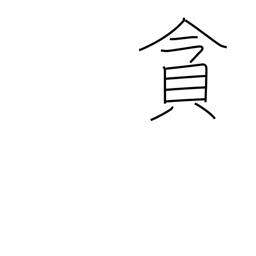
Meaning: indulge in